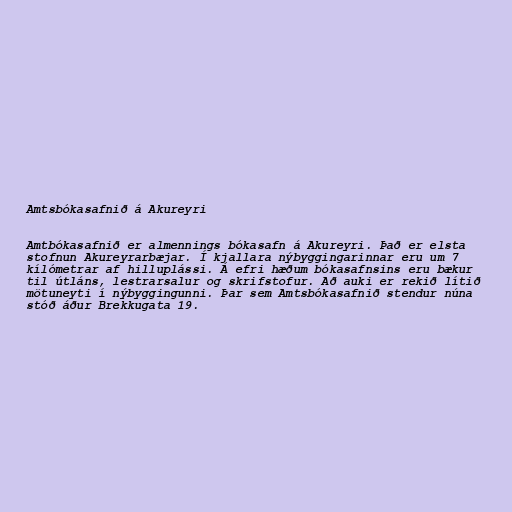
Amtsbókasafnið á Akureyri

Amtbókasafnið er almennings bókasafn á Akureyri. Það er elsta
stofnun Akureyrarbæjar. Í kjallara nýbyggingarinnar eru um 7
kílómetrar af hilluplássi. Á efri hæðum bókasafnsins eru bækur
til útláns, lestrarsalur og skrifstofur. Að auki er rekið lítið
mötuneyti í nýbyggingunni. Þar sem Amtsbókasafnið stendur núna
stóð áður Brekkugata 19.